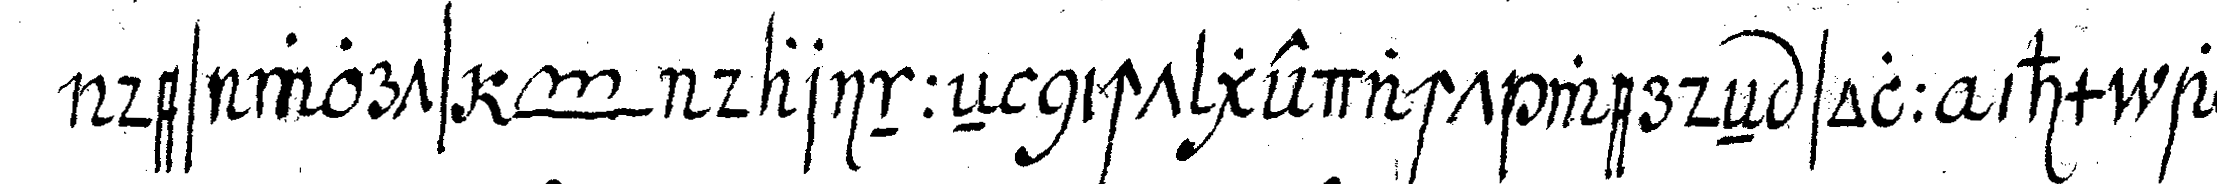
des worts *toe* darinneN nicht gedacht werdeN sol ihm als